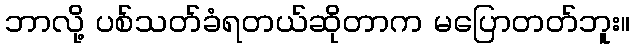
ဘာလို့ ပစ်သတ်ခံရတယ်ဆိုတာက မပြောတတ်ဘူး။